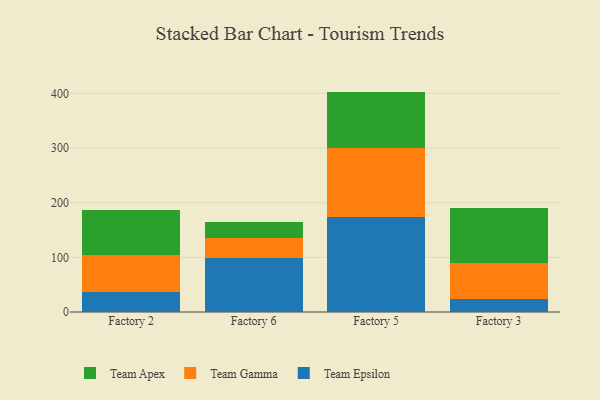
{"axis": {"x": "Factory", "y": "Satisfaction Score"}, "legend": ["Team Apex", "Team Epsilon", "Team Gamma"], "data": [{"x": "Factory 2", "y": 36.0, "type": "Team Epsilon"}, {"x": "Factory 2", "y": 68.3, "type": "Team Gamma"}, {"x": "Factory 2", "y": 82.0, "type": "Team Apex"}, {"x": "Factory 6", "y": 98.1, "type": "Team Epsilon"}, {"x": "Factory 6", "y": 37.9, "type": "Team Gamma"}, {"x": "Factory 6", "y": 28.8, "type": "Team Apex"}, {"x": "Factory 5", "y": 173.0, "type": "Team Epsilon"}, {"x": "Factory 5", "y": 127.0, "type": "Team Gamma"}, {"x": "Factory 5", "y": 103.3, "type": "Team Apex"}, {"x": "Factory 3", "y": 23.0, "type": "Team Epsilon"}, {"x": "Factory 3", "y": 66.1, "type": "Team Gamma"}, {"x": "Factory 3", "y": 101.4, "type": "Team Apex"}]}